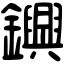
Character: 𨯵